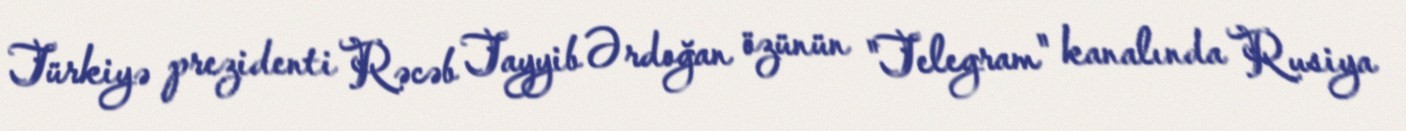
Türkiyə prezidenti Rəcəb Tayyib Ərdoğan özünün "Telegram" kanalında Rusiya